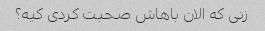
زنی که الان باهاش ​​صحبت کردی کیه؟